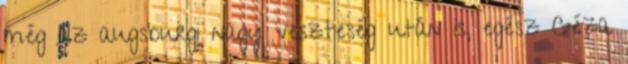
még az augsburgi nagy veszteség után is, egész Géza